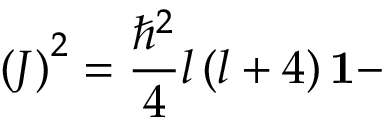
\left( J \right) ^ { 2 } = \frac { \hbar ^ { 2 } } { 4 } l \left( l + 4 \right) \mathbf { 1 - }